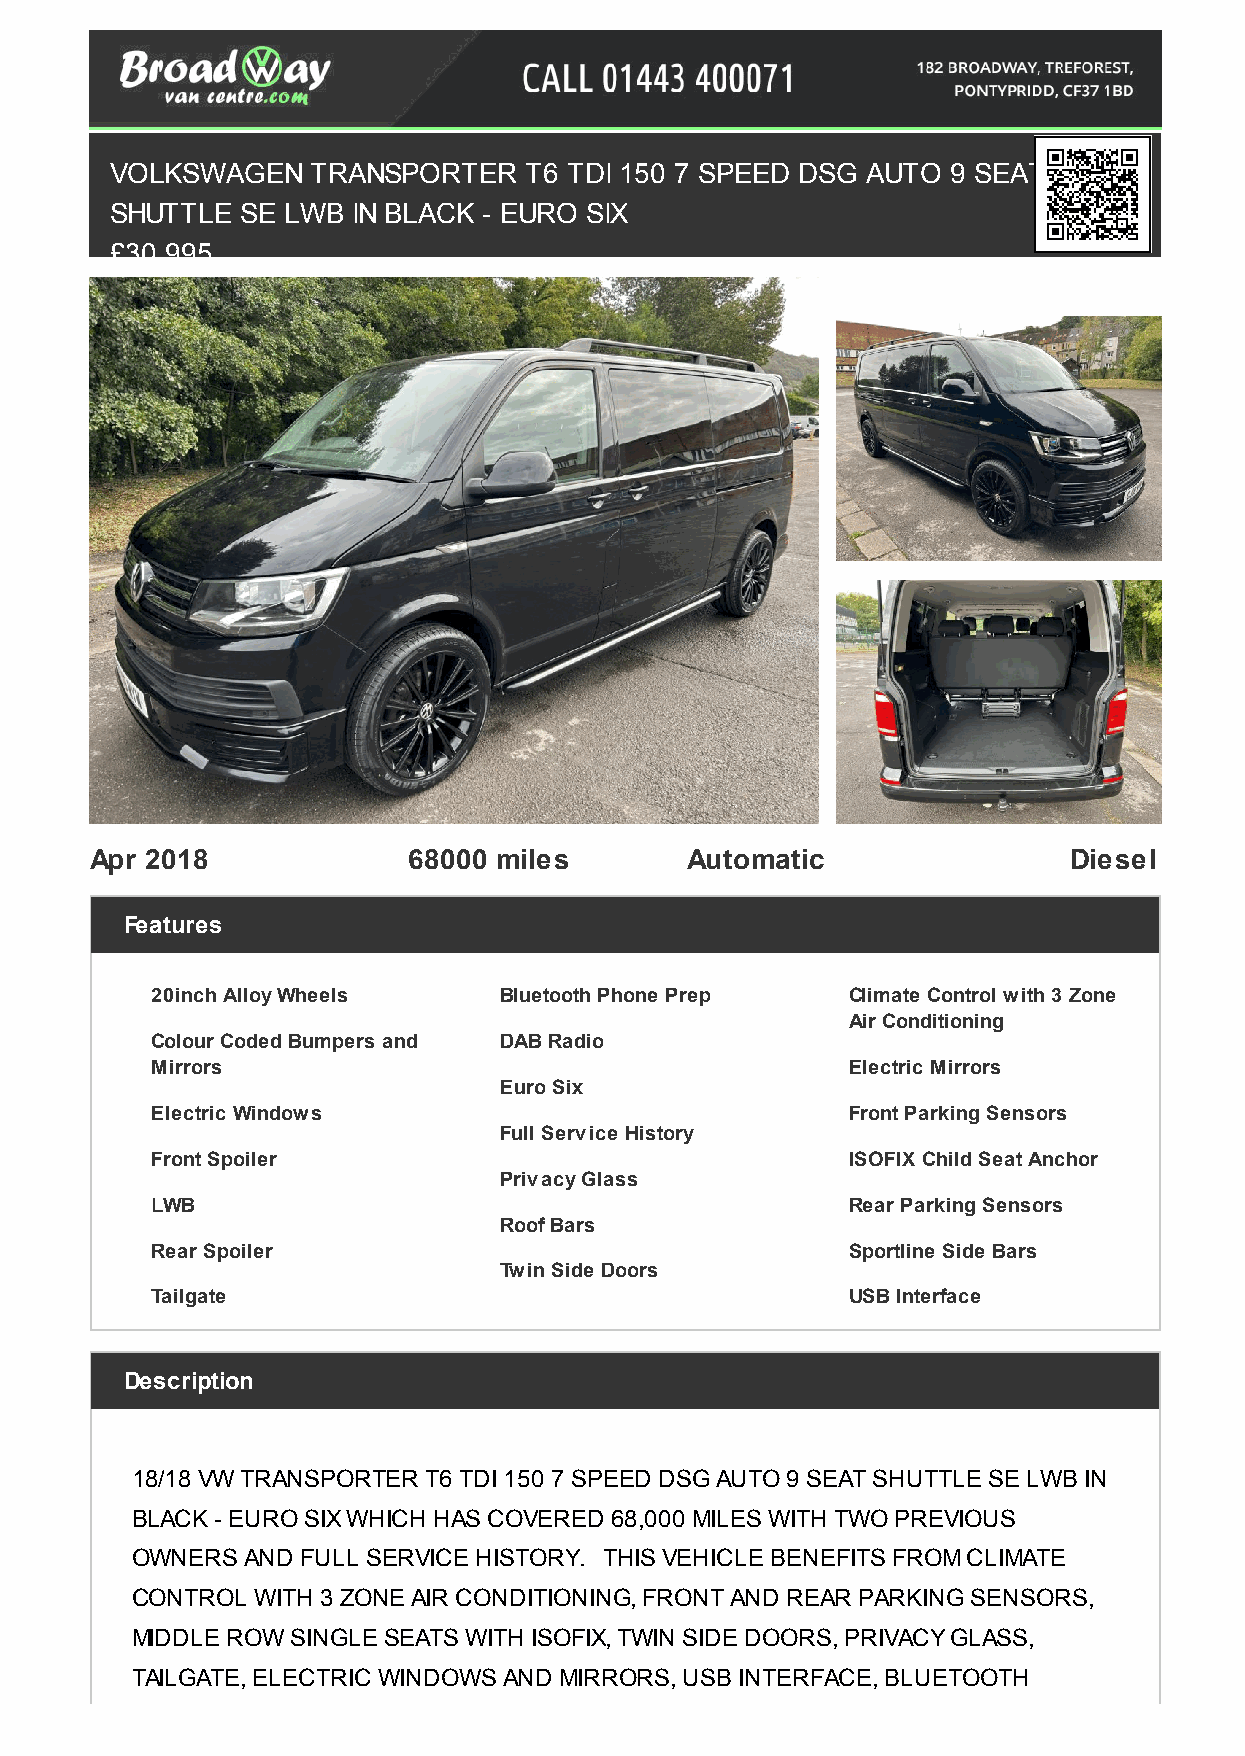
VOLKSWAGEN    TRANSPORTER   T6 TDI 150 7 SPEED DSG AUTO 9 SEAT
 SHUTTLE  SE LWB IN BLACK - EURO SIX
 £30,995
 Apr 2018             68000 miles       Automatic                 Diesel
 Features
 20inch Alloy Wheels    Bluetooth Phone Prep   Climate Control with 3 Zone
 Air Conditioning
 Colour Coded Bumpers and DAB Radio
 Mirrors                                       Electric Mirrors
 Euro Six
 Electric Windows                              Front Parking Sensors
 Full Service History
 Front Spoiler                                 ISOFIX Child Seat Anchor
 Privacy Glass
 LWB                                           Rear Parking Sensors
 Roof Bars
 Rear Spoiler                                  Sportline Side Bars
 Twin Side Doors
 Tailgate                                      USB Interface
 Description
 18/18 VW TRANSPORTER T6 TDI 150 7 SPEED DSG AUTO 9 SEAT SHUTTLE SE LWB IN
 BLACK - EURO SIX WHICH HAS COVERED 68,000 MILES WITH TWO PREVIOUS
 OWNERS AND FULL SERVICE HISTORY. THIS VEHICLE BENEFITS FROM CLIMATE
 CONTROL WITH 3 ZONE AIR CONDITIONING, FRONT AND REAR PARKING SENSORS,
 MIDDLE ROW SINGLE SEATS WITH ISOFIX, TWIN SIDE DOORS, PRIVACY GLASS,
 TAILGATE, ELECTRIC WINDOWS AND MIRRORS, USB INTERFACE, BLUETOOTH